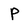
Character: p